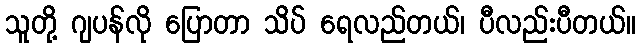
သူတို့ ဂျပန်လို ပြောတာ သိပ် ရေလည်တယ်၊ ပီလည်းပီတယ်။